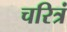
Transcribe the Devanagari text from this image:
चरित्रं